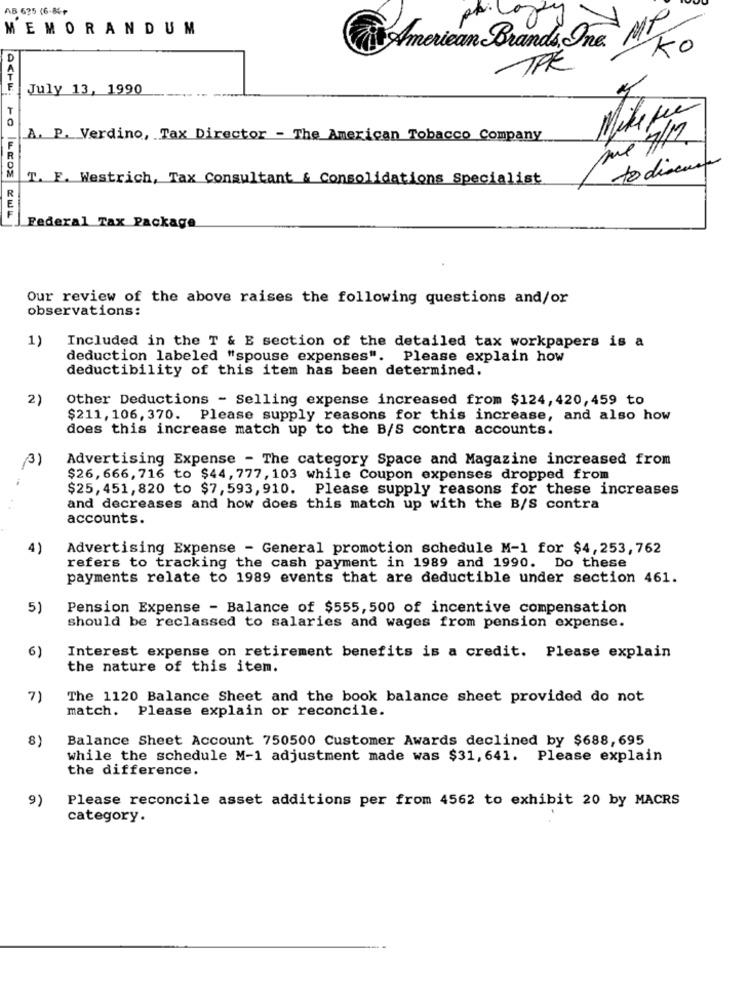
AB 635 (6.84+
MEMORANDUM
American Brands, Ing MI
TRE
July 13, 1990
Mike per
A. P.Verdino, Tax Director - The American Tobacco Conpany
to discuss
T. E. Westrich, Tax Consultant & Consolidations Specialist
Federal Tax Package
Our review of the above raises the following questions and/or
observations:
1)
Included in the T & E section of the detailed tax workpapers is a
deduction labeled "spouse expenses". Please explain how
deductibility of this item has been determined.
2)
Other Deductions - Selling expense increased from $124, 420,459 to
$211, 106, 370. Please supply reasons for this increase, and also how
does this increase match up to the B/S contra accounts.
(3)
Advertising Expense - The category Space and Magazine increased from
-
$26,666, 716 to $44,777, 103 while Coupon expenses dropped from
$25,451, 820 to $7, 593,910.
Please supply reasons for these increases
and decreases and how does this match up with the B/S contra
accounts.
4)
Advertising Expense - General promotion schedule M-1 for $4,253, 762
refers to tracking the cash payment in 1989 and 1990. Do these
payments relate to 1989 events that are deductible under section 461.
5)
Pension Expense - Balance of $555, 500 of incentive compensation
should be reclassed to salaries and wages from pension expense.
6)
Interest expense on retirement benefits is a credit. Please explain
the nature of this item.
7)
The 1120 Balance Sheet and the book balance sheet provided do not
match.
Please explain or reconcile.
8)
Balance Sheet Account 750500 Customer Awards declined by $688, 695
while the schedule M-1 adjustment made was $31, 641. Please explain
the difference.
9)
Please reconcile asset additions per from 4562 to exhibit 20 by MACRS
category.